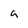
Character: g